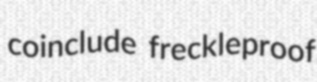
coinclude freckleproof